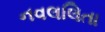
નવલલિતા